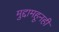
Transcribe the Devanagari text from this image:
मुद्दामहूनही